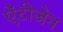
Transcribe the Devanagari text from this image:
ऐंटीजेन